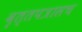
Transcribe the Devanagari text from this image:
वृत्तपत्रासच